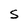
Character: S